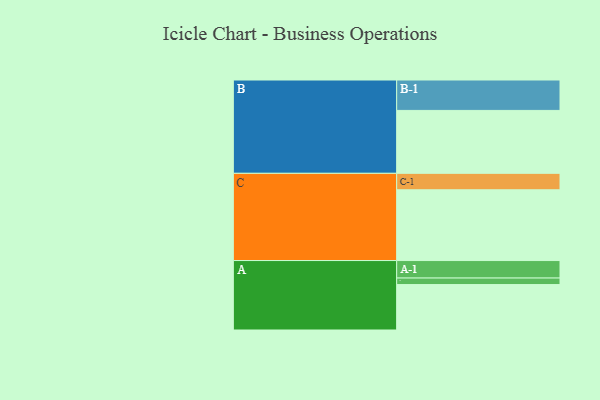
{"axis": {"x": "Segment", "y": "Value"}, "legend": ["", "A", "B", "C"], "data": [{"x": "A", "y": 348, "type": ""}, {"x": "B", "y": 482, "type": ""}, {"x": "C", "y": 542, "type": ""}, {"x": "A-1", "y": 134, "type": "A"}, {"x": "A-2", "y": 50, "type": "A"}, {"x": "B-1", "y": 233, "type": "B"}, {"x": "C-1", "y": 126, "type": "C"}]}